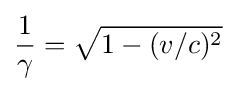
{\frac {1}{\gamma }}={\sqrt {1-{(v/c)^{2}}}}